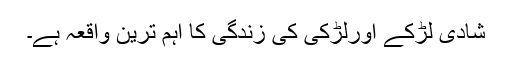
شادی لڑکے اورلڑکی کی زندگی کا اہم ترین واقعہ ہے۔